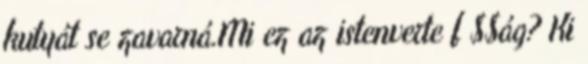
kutyát se zavarná.Mi ez az istenverte f $$ág? Ki